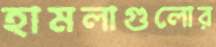
হামলাগুলোর